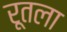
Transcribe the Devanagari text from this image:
रूतला